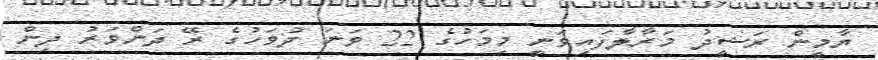
ޔާމީން ރަޝީދު މަރާލާފައިވަނީ މިމަހުގެ 22 ވަނަ ދުވަހުގެ ރޭ ދަންވަރު ދިން